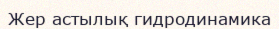
Жер астылық гидродинамика